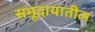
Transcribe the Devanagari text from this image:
समूदायातील